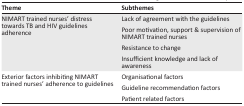
| Theme | Subthemes |
 | --- | --- |
 | <ROWSPAN=4> NIMART trained nurses’ distress towards TB and HIV guidelines adherence | Lack of agreement with the guidelines |
 | Poor motivation, support & supervision of NIMART trained nurses |
 | Resistance to change |
 | Insufficient knowledge and lack of awareness |
 | <ROWSPAN=3> Exterior factors inhibiting NIMART trained nurses’ adherence to guidelines | Organisational factors |
 | Guideline recommendation factors |
 | Patient related factors |